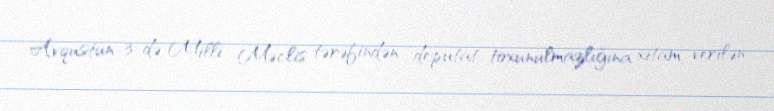
Avqustun 3-də Milli Məclis tərəfindən deputat toxunulmazlığına xitam verilən